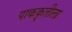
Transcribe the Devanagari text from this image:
पाककृतीला